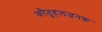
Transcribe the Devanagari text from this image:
कौतूहलजनक